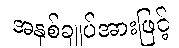
အနှစ်ချုပ်အားဖြင့်